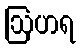
ဩဟရ